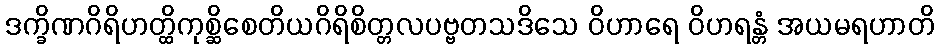
ဒက္ခိဏဂိရိဟတ္ထိကုစ္ဆိစေတိယဂိရိစိတ္တလပဗ္ဗတသဒိသေ ဝိဟာရေ ဝိဟရန္တံ အယမရဟာတိ